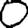
Digit: 0